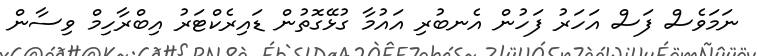
ނަމަވެސް ފަސް އަހަރު ފަހުން އެނބުރި އައުމާ ގުޅޭގޮތުން ޑައިރެކްޓަރު އިބްރާހިމް ވިސާން